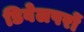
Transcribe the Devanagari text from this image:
डिवेलपरों